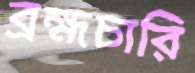
ব্রহ্মচারি